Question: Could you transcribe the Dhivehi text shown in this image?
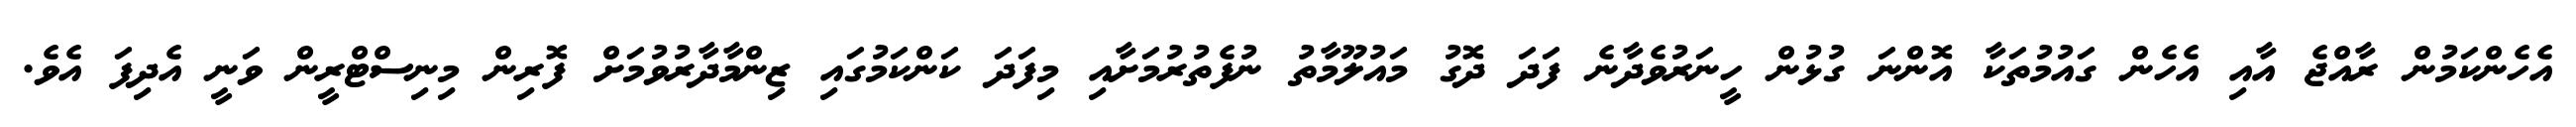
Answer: އެހެންކަމުން ރާއްޖެ އާއި އެހެން ގައުމުތަކާ އޮންނަ ގުޅުން ހީނަރުވެދާނެ ފަދަ ދޮގު މައުލޫމާތު ނުފެތުރުމަށާއި މިފަދަ ކަންކަމުގައި ޒިންމާދާރުވުމަށް ފޮރިން މިނިސްޓްރީން ވަނީ އެދިފަ އެވެ.